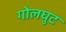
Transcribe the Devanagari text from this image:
गोलघुट